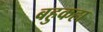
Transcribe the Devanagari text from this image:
बहुकहा